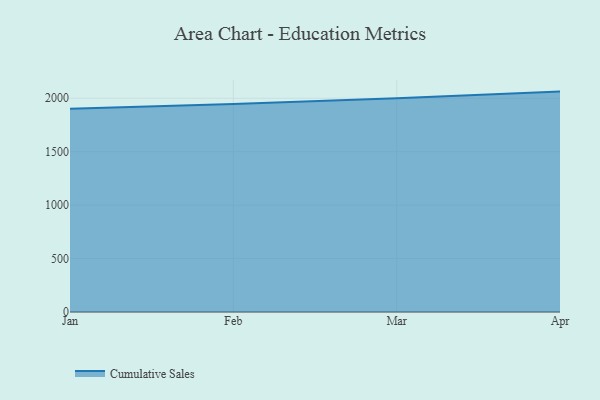
{"axis": {"x": "Month", "y": "Waste Production (Tons)"}, "legend": ["Cumulative Sales"], "data": [{"x": "Jan", "y": 1902.4, "type": "Cumulative Sales"}, {"x": "Feb", "y": 1947.1, "type": "Cumulative Sales"}, {"x": "Mar", "y": 1999.6, "type": "Cumulative Sales"}, {"x": "Apr", "y": 2062.6, "type": "Cumulative Sales"}]}